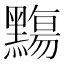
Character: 䵰